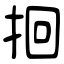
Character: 𫝻